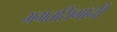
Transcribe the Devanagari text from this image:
भगतसिंगांनी